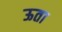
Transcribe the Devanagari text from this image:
ऊता